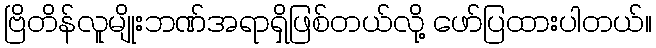
ဗြိတိန်လူမျိုးဘဏ်အရာရှိဖြစ်တယ်လို့ ဖော်ပြထားပါတယ်။